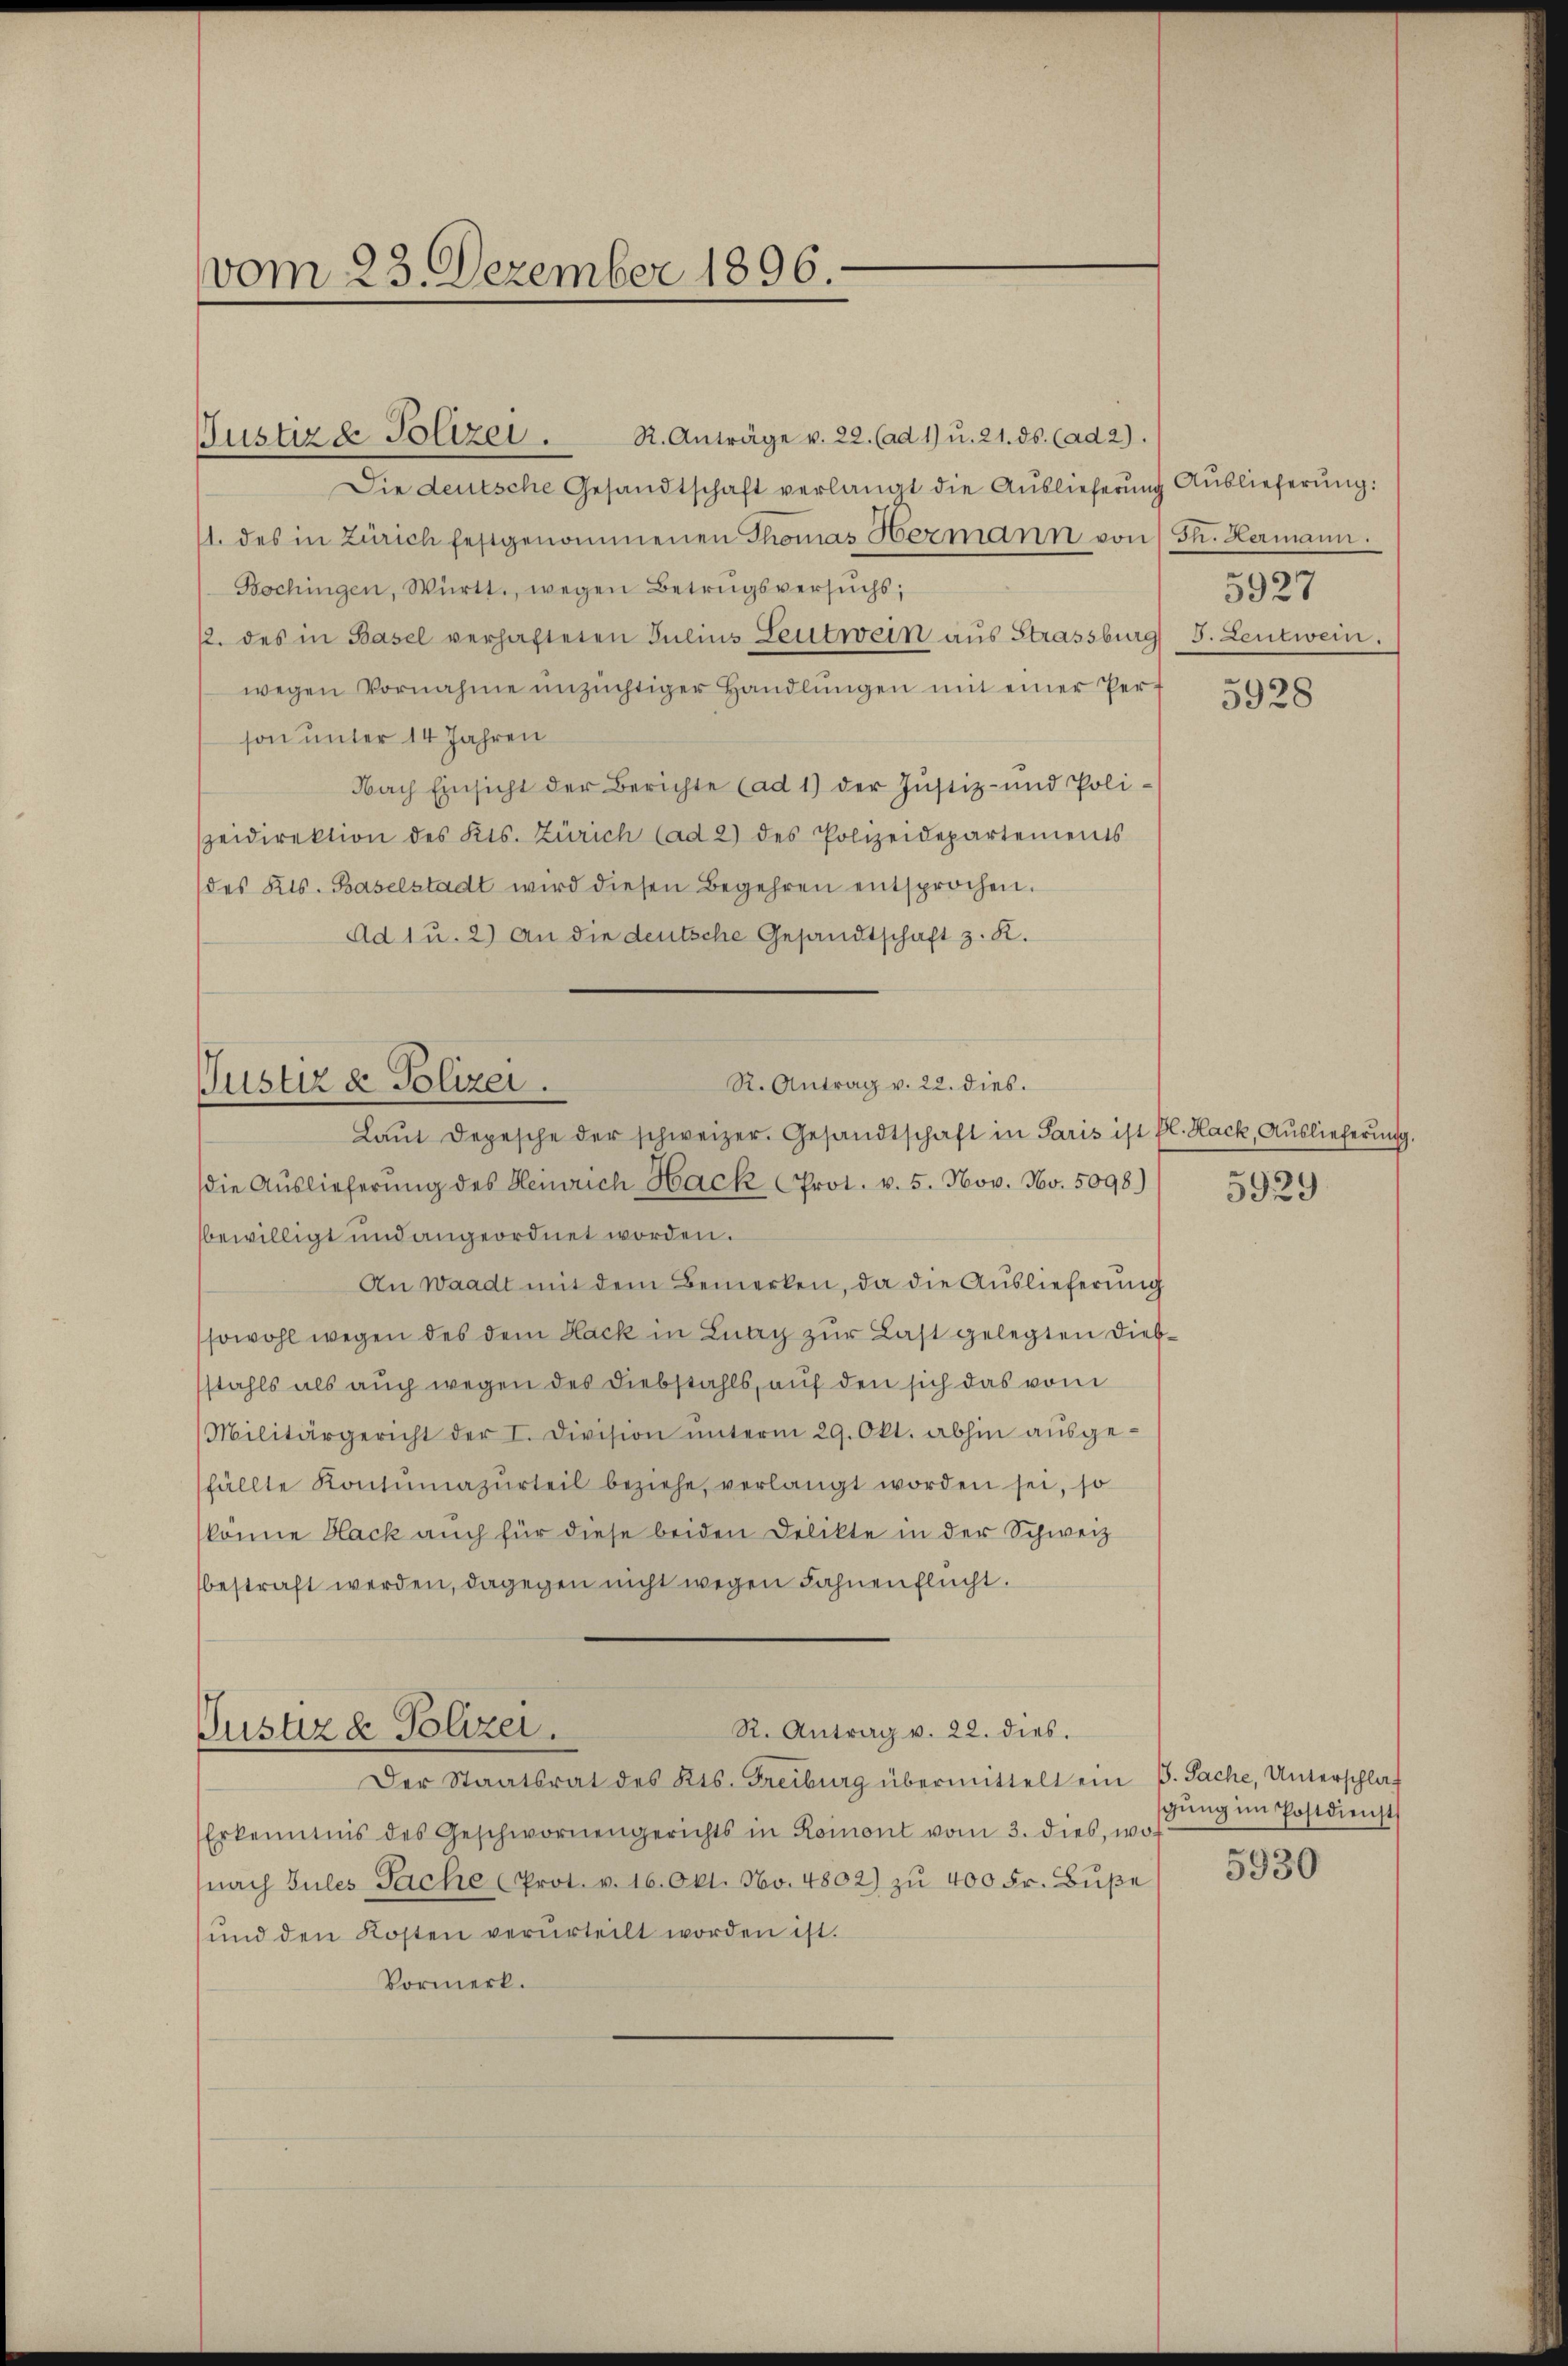
vom 23. Dezember 1896.

Die deutsche Gesandtschaft verlangt die Auslieferung Auslieferung:
1. des in Zürich festgenommenen Thomas Hermann von Th. Hermann.
Bochingen, Württ., wegen Betrugsversŭchs;
12. des in Basel verhafteten Julius Leutwein aus Strassburg S. Leutwein.
wegen Vornahme unzüchtiger Handlŭngen mit einer Per-
son unter 14 Jahren
Nach Einsicht der Berichte (ad 1) der Justiz- und Poli-
zeidirektion des Kts. Zürich (ad 2) des Polizeidepartements
des Kts. Baselstadt wird diesen Begehren entsprochen.
Ad 1 u. 2) An die deutsche Gesandtschaft z. R.

Justizd Polizei.

R. Anträge v. 22. (ad 1) u. 21. ds. (ad 2).

R. Antrag v. 22. dies.
Justiz & Polizei.
Laŭt Depesche der schweizer. Gesandtschaft in Paris ist fl. Hack, Auslieferŭng.

R. Antrag v. 22. dies.
Justiz & Polizei.

die Auslieferung des Heinrich Hack Prot. v. 5. Nov. Nov. 5098)
bewilligt und angeordnet worden.
An Waadt mit dem Bemerken, da die Auslieferung
sowohl wegen des dem Hack in Luay zur Last gelegten Diebstahls als auch wegen des Diebstahls, auf den sich das vom
Militärgericht der I. Division ŭnterm 29. Okt. abhin aŭsge-
fällte Konsŭmazŭrteil beziehe, verlangt worden sei, so
könne Black auch für diese beiden Delikte in der Schweiz
bestraft werden, dagegen nicht wegen Fahnenflucht.

Der Staatsrat des Kts. Freiburg übermittelt ein G. Sache, Unterschlaf
Erkenntnis des Geschwornengerichts in Koinont vom 3. dies, wo
nach Sules Sache (Prot. v. 16. Okt. No. 4802) zŭ 400 Fr. Bŭβe
ŭnd den Kosten verurteilt worden ist.
Vormerk.

5927

5928

5929

gung im Postdienst

5930